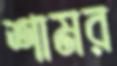
শামর